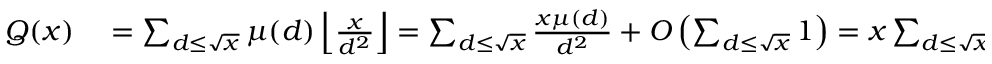
\begin{array} { r l } { Q ( x ) } & { { } = \sum _ { d \leq { \sqrt { x } } } \mu ( d ) \left\lfloor { \frac { x } { d ^ { 2 } } } \right\rfloor = \sum _ { d \leq { \sqrt { x } } } { \frac { x \mu ( d ) } { d ^ { 2 } } } + O \left( \sum _ { d \leq { \sqrt { x } } } 1 \right) = x \sum _ { d \leq { \sqrt { x } } } { \frac { \mu ( d ) } { d ^ { 2 } } } + O ( { \sqrt { x } } ) } \end{array}